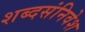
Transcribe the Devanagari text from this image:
शब्दसंनिवेश